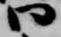
曰